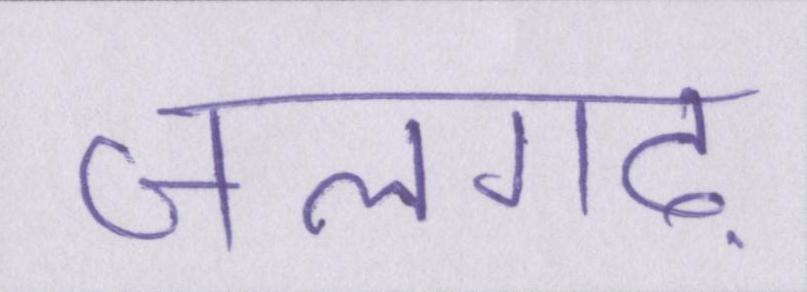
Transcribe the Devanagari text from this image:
जलगढ़